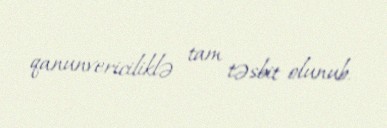
qanunvericiliklə tam təsbit olunub.